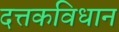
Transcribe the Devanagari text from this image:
दत्तकविधान